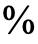
%